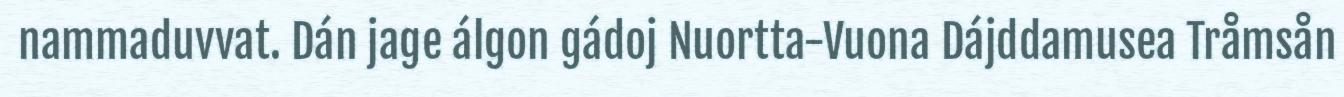
nammaduvvat. Dán jage álgon gádoj Nuortta-Vuona Dájddamusea Tråmsån